Tartu_pedagoogiumi_aruanded, lk 11
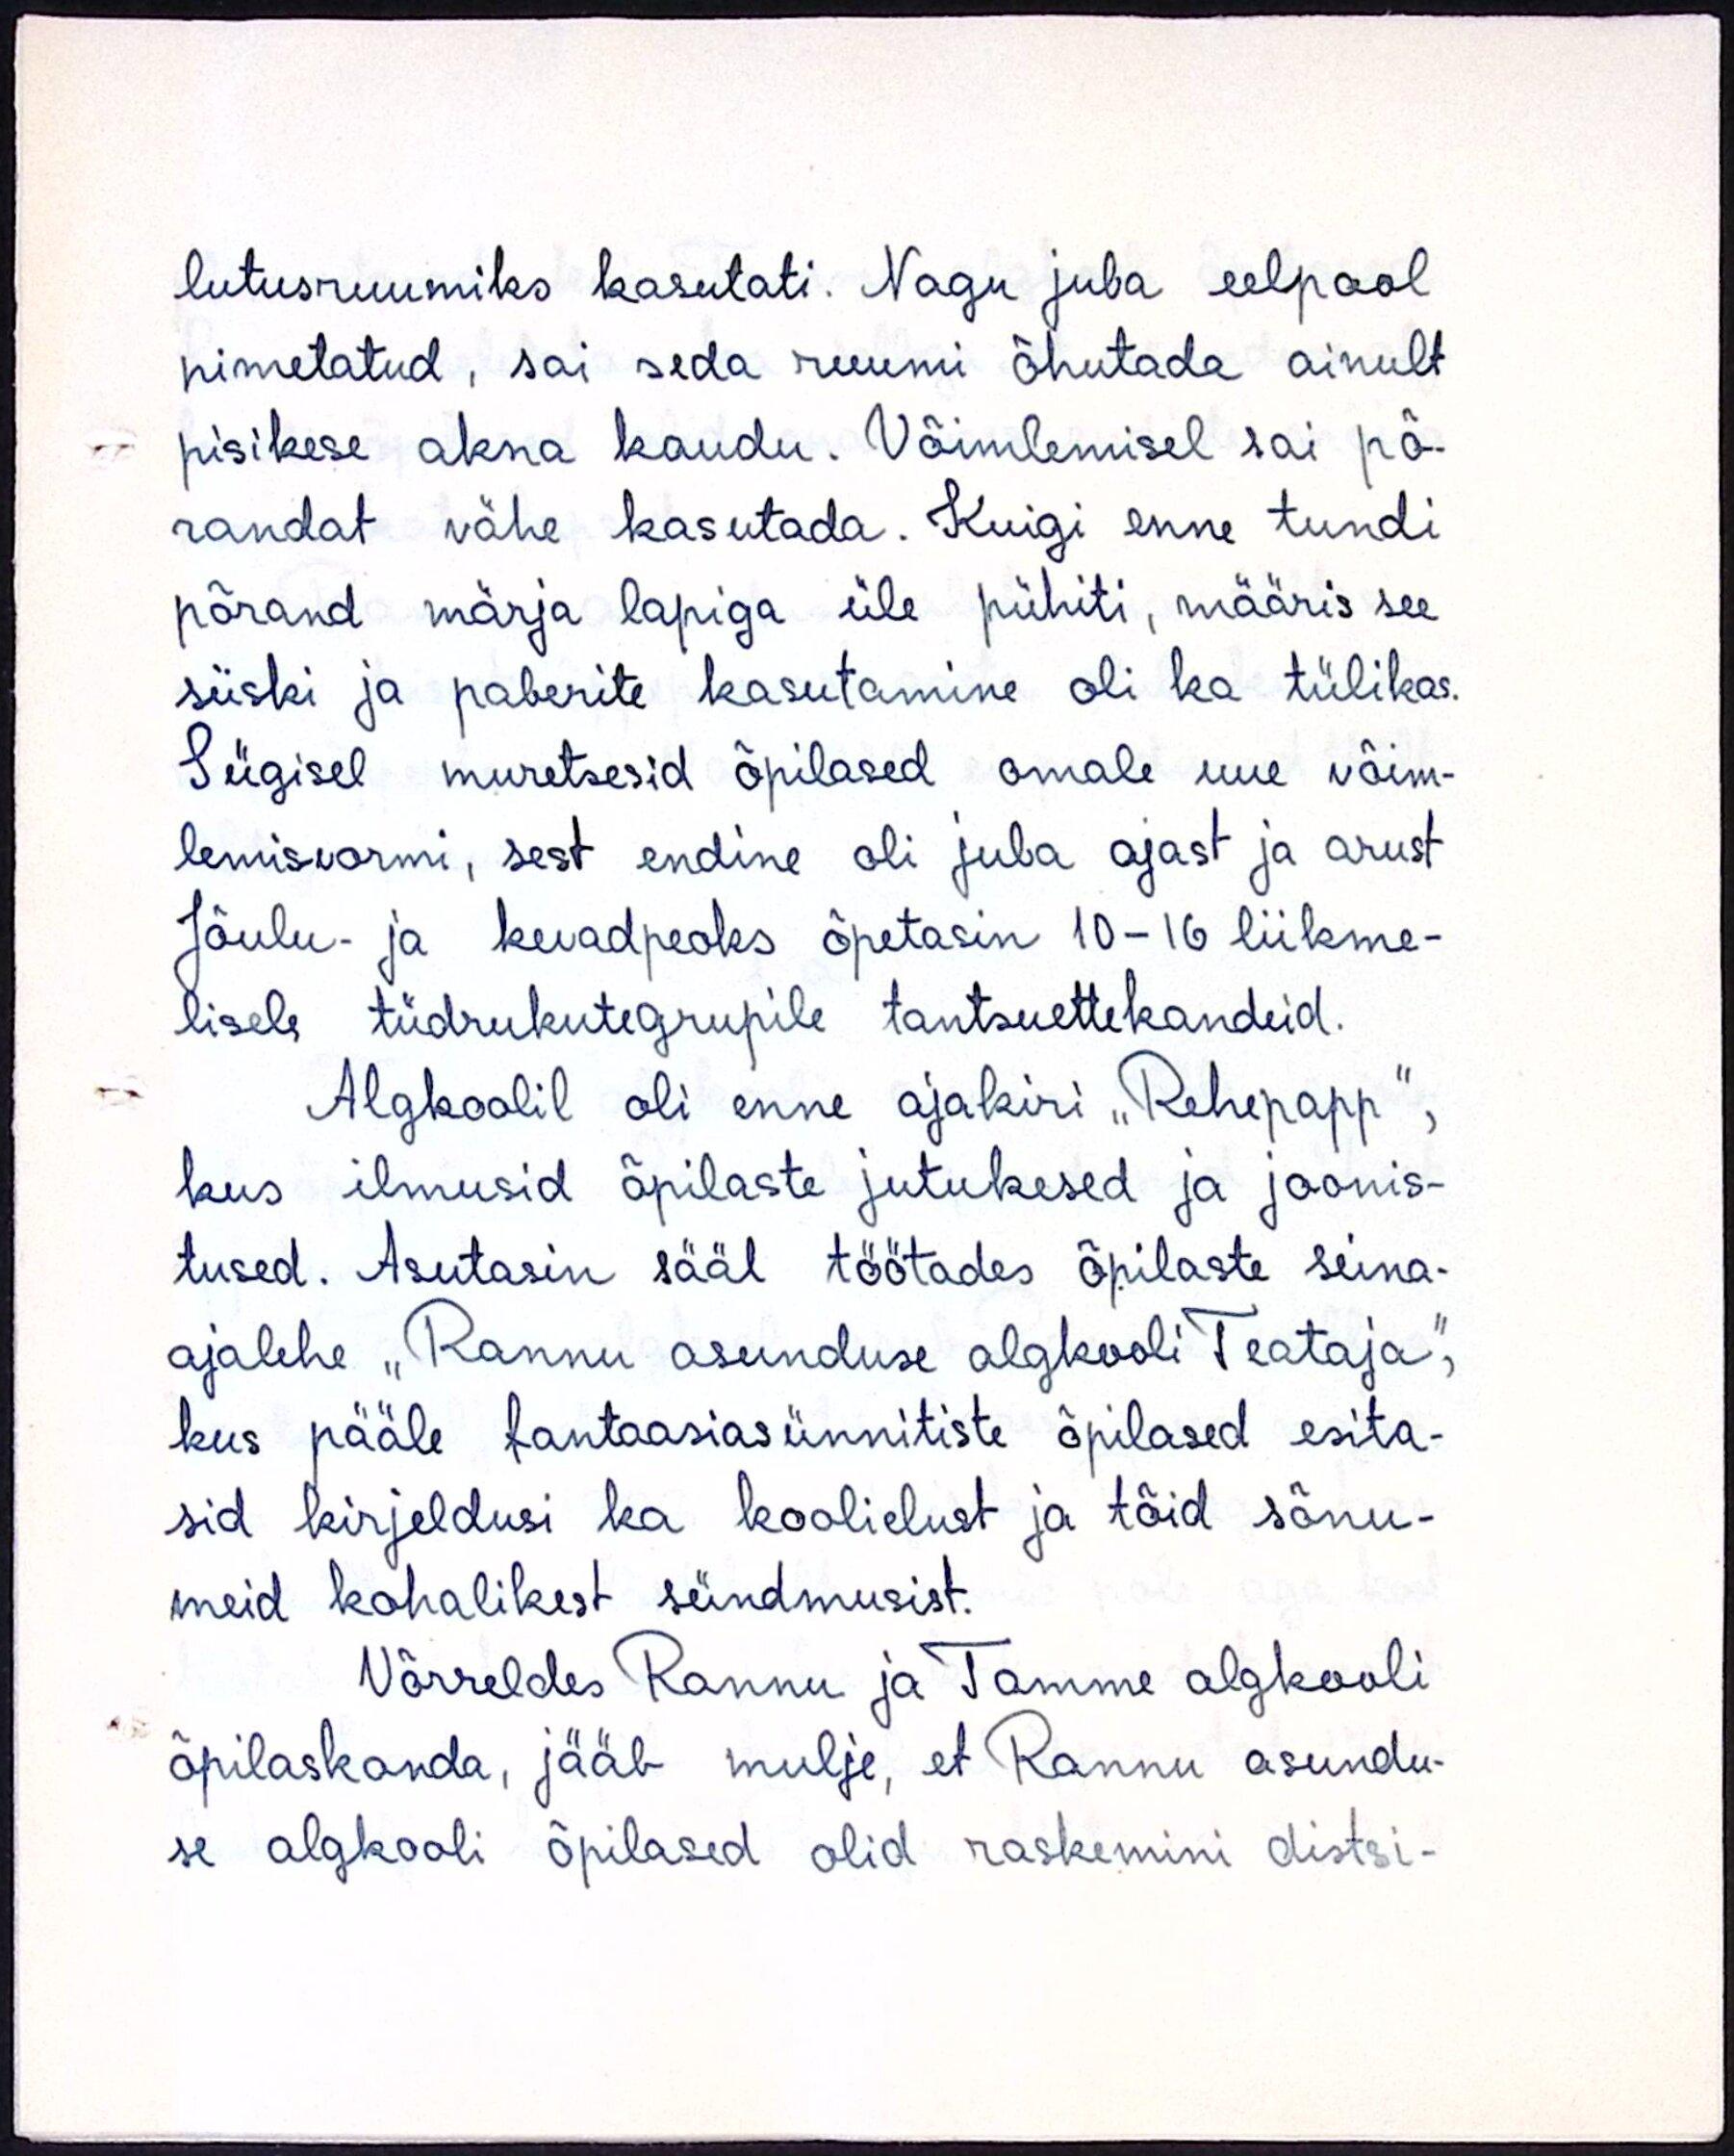
lutusruumiks kasutati. Nagu juba eelpool
nimetatud, sai seda ruumi õhutada ainult
pisikese akna kaudu. Võimlemisel sai põ-
randat vähe kasutada. Kuigi enne tundi
põrand märja lapiga üle pühiti, määris see
siiski ja paberite kasutamine oli ka tülikas.
Sügisel muretsesid õpilased omale uue võim-
lemisvormi, sest endine oli juba ajast ja arust
Jõulu- ja kevadpeoks õpetasin 10-16 liikme-
lisele tüdrukutegrupile tantsuettekandeid.
Algkoolil oli enne ajakiri "Rehepapp",
kus ilmusid õpilaste jutukesed ja joonis-
tused. Asutasin sääl töötades õpilaste seina-
ajalehe "Rannu asunduse algkooli Teataja,"
kus pääle fantaasiasünnitiste õpilased esita-
sid kirjeldusi ka koolielust ja tõid sõnu-
meid kohalikest sündmusist.
Võrreldes Rannu ja Tamme algkooli
õpilaskonda, jääb mulje, et Rannu asundu-
se algkooli õpilased olid raskemini distsi-